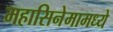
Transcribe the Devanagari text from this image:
महासिनेमामध्ये